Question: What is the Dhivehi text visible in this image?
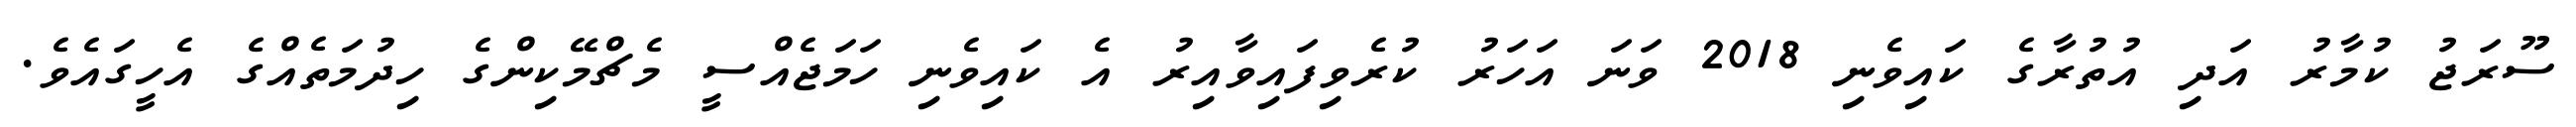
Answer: ސޫރަޖު ކުމާރު އަދި އުތުރާގެ ކައިވެނި 2018 ވަނަ އަހަރު ކުރެވިފައިވާއިރު އެ ކައިވެނި ހަމަޖެއްސީ މެޗްމޭކިންގެ ހިދުމަތެއްގެ އެހީގައެވެ.